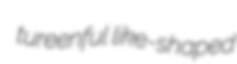
tureenful like-shaped